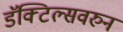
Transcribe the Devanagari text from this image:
डॅक्टिल्सवरुन